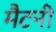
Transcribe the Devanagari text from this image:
मैटनी